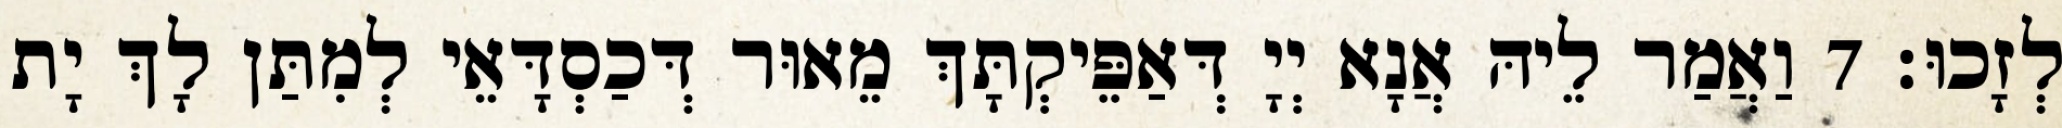
לְזָכוּ׃ 7 וַאֲמַר לֵיהּ אֲנָא יְיָ דְּאַפֵּיקְתָּךְ מֵאוּר דְּכַסְדָּאֵי לְמִתַּן לָךְ יָת